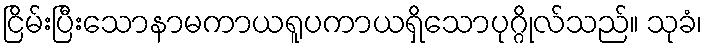
ငြိမ်းပြီးသောနာမကာယရူပကာယရှိသောပုဂ္ဂိုလ်သည်။ သုခံ၊